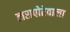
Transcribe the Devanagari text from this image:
तारापोरेवाला